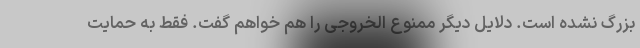
بزرگ نشده است. دلایل دیگر ممنوع الخروجی را هم خواهم گفت. فقط به حمایت